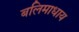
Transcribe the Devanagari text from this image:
बलिमाधाय